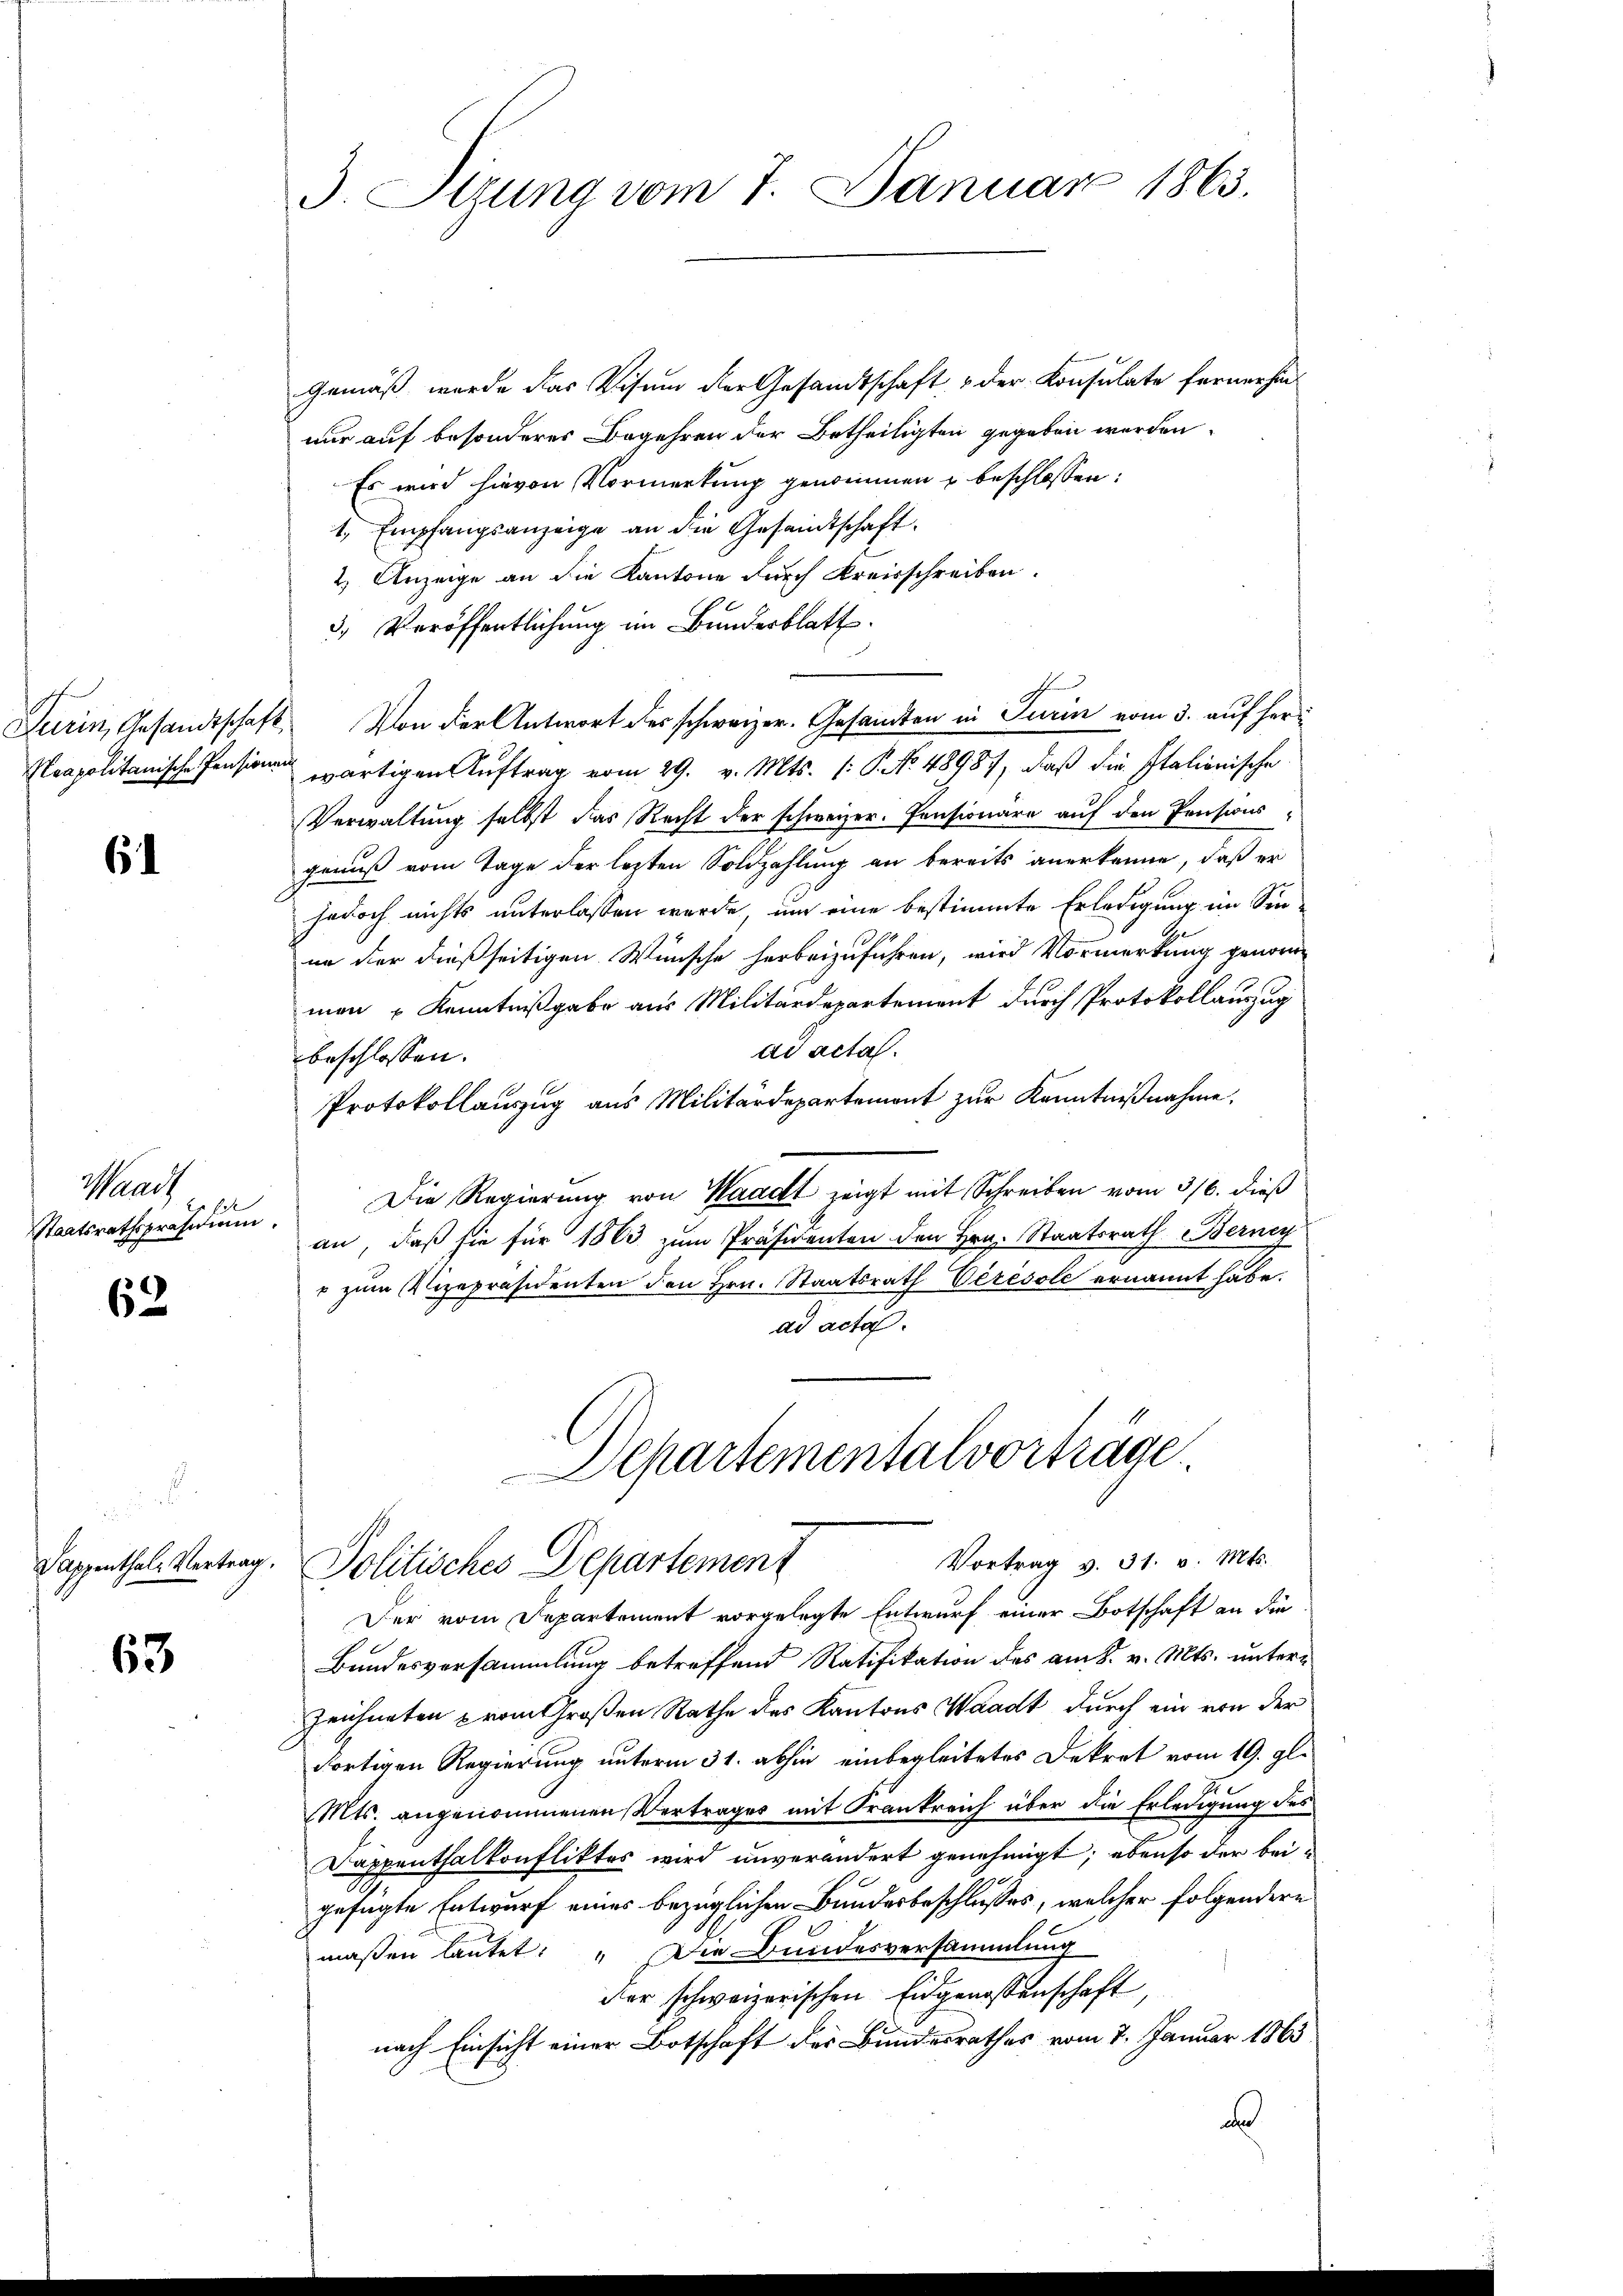
6

Waad
Staatsrathspräsidium.

63

63

3. Sizung vom 7. Januar 1865.

Gemäß wurde das Visum der Gesandtschaft & der Konsulate fernerhin
nur auf besonderer Begehren der Betheiligten gegeben werden.
Es wird hievon Vormerkung genommen u beschlossen:
1, Empfangsanzeige an die Gesandtschaft.
2.) Anzeige an die Kantone durch Kreisschreiben.
3. Veröffentlichung im Bundesblatt.
Turin, Gesandtschaft. Von der Antwort des schweizer. Gesandten in Turin vom 3. auf her¬
Neapolitanische Pensionen wärtigen Auftrag vom 29. v. Mts. (: P. No. 48987, daß die Italionische
Verwaltung selbst das Recht der schweizer. Pensionäre auf den Pensions
genuß vom Tage der letzten Soldzahlung an bereits anerkenne, daß er
jedoch nichts unterlassen wurde, um eine bestimmte Erledigung im Sin
in der dießseitigen Wünsche herbeizuführen, wird Vormerkung genomme
man 2 Kenntnißgabe aus Militärdepartement durch Protokollauszug
ad acta.
beschlossen:
Protokollauszug aus Militärdepartement zur Kenntnißnahme.
Die Regierung von Waadt zeigt mit Schreiben vom 316. dieß
an, daß sie für 1863 zum Präsidenten den Hrn. Staatsrath Berney
r zum Vizepräsidenten den Hrn. Staatsrath Veresole ernannt habe.
ad acta.
Departementalvorträge.
Vortrag v. 31. v. Mts.
Sappenthale Vertrag. Politisches Departement
Der vom Departement vorgelegte Entwurf einer Botschaft an die
Bundesversammlung betreffend Ratifikation des am 8. v. Mts. unter¬
Zeichneten vom Großen Rathe des Kantons Waadt durch ein von der
fortigen Regierung unterm 31. abhin einbegleitetes Dekret vom 19. gl.
Mts. angenommenen Vertrages mit Frankreich über die Erledigung des
Dappenthalkonfliktes wird unverändert genehmigt; ebenso der bei-
gefügte Entwurf eines bezüglichen Bundesbeschlusses, welcher folgendere
maßen lautet: „Die Bundesversammlung
der schweizerischen Eidgenossenschaft,
nach Einsicht einer Botschaft der Bundesrathes vom 7. Januar 1863
a